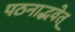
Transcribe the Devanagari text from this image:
पठनाद्भवेत्